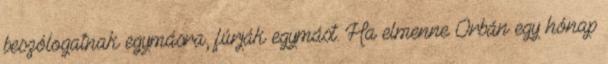
beszólogatnak egymásra, fúrják egymást. Ha elmenne Orbán egy hónap